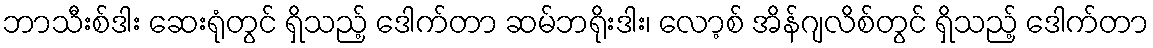
ဘာသီးစ်ဒါး ဆေးရုံတွင် ရှိသည့် ဒေါက်တာ ဆမ်ဘရိုးဒါး၊ လော့စ် အိန်ဂျလိစ်တွင် ရှိသည့် ဒေါက်တာ